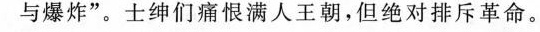
与爆炸”。士绅们痛恨满人王朝，但绝对排斥革命。